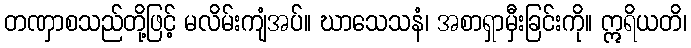
တဏှာစသည်တို့ဖြင့် မလိမ်းကျံအပ်။ ဃာသေသနံ၊ အစာရှာမှီးခြင်းကို။ ဣရိယတိ၊